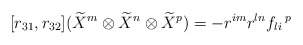
\begin{align*}[r_{31},r_{32}](\widetilde{X}^{m}\otimes \widetilde{X}^{n}\otimes \widetilde{X}^{p})=-r^{im}r^{ln}f_{li}\,^{p}\end{align*}